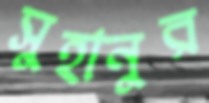
সুহানুর